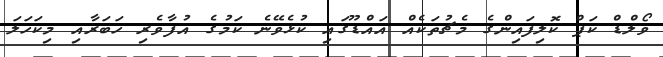
ވޯލްޑް ކަޕް ކޮލިފައިންގެ މެޗުތަކެއް އައްޑޫގައި ކުޅެވޭނެ ކަމުގެ އުފާވެރި ހަބަރާއި މިކަހަލަ